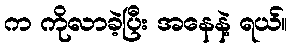
က ကိုလာခဲ့ပြီး အနေနဲ့ ရယ်။